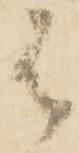
は